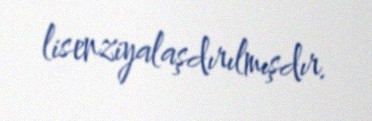
lisenziyalaşdırılmışdır.